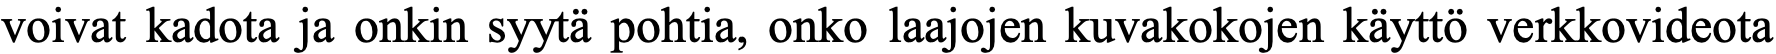
voivat kadota ja onkin syytä pohtia, onko laajojen kuvakokojen käyttö verkkovideota